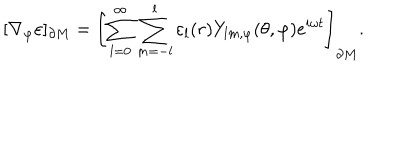
LaTeX: [ \nabla _ { \varphi } \varepsilon ] _ { \partial M } = \left[ \sum _ { l = 0 } ^ { \infty } \sum _ { m = - l } ^ { l } \varepsilon _ { l } ( r ) Y _ { l m , \varphi } ( \theta , \varphi ) e ^ { i \omega t } \right] _ { \partial M } .